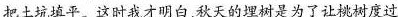
把土坑填平。这时我才明白，秋天的埋树是为了让桃树度过